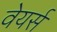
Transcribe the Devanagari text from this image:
वेयर्स